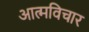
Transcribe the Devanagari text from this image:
आत्मविचार